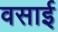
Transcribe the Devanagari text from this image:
वसाई